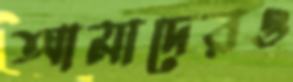
আমাদেরও